Indian Civil Veterinary Department memoirs
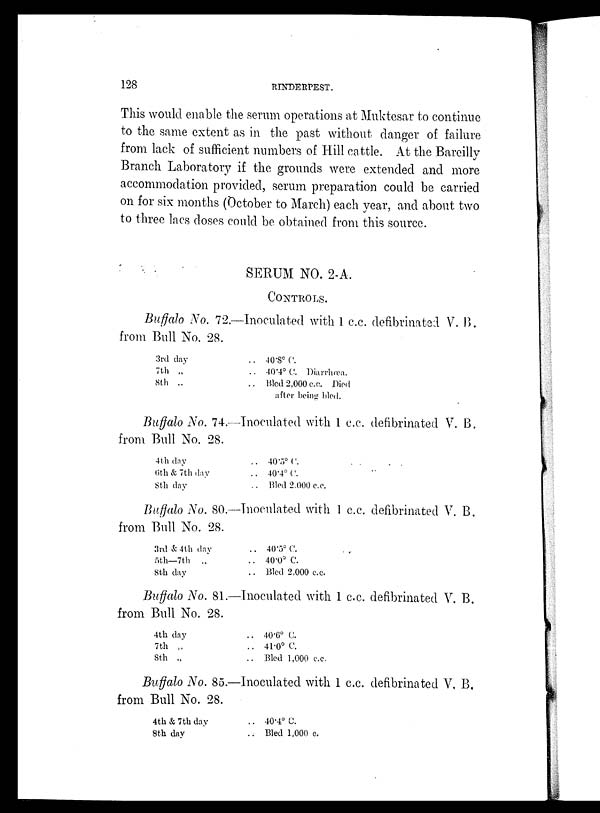
128
RINDERPEST.
This would enable the serum operations at Muktesar to continue
to the same extent as in the past without danger of failure
from lack of sufficient numbers of Hill cattle. At the Bareilly
Branch Laboratory if the grounds were extended and more
accommodation provided, serum preparation could be carried
on for six months (October to March) each year, and about two
to three lacs doses could be obtained from this source.
SERUM NO. 2-A.
CONTROLS.
Buffalo No. 72.—Inoculated with 1 c.c. defibrinated V. B.
from Bull No. 28.
3rd day
7th „
8th „
.. 40.8º C.
.. 40.4º C. Diarrhœa.
.. Bled 2,000 c.c. Died
after being bled.
Buffalo No. 74.—Inoculated with 1 c.c. defibrinated V. B.
from Bull No. 28.
4th day
6th & 7th day
8th day
.. 40.5º C.
.. 40.4º C.
.. Bled 2,000 c.c.
Buffalo No. 80.—Inoculated with 1 c.c. defibrinated V. B.
from Bull No. 28.
3rd & 4th day
5th—7th „
8th day
.. 40.5º C.
.. 40.0º C.
.. Bled 2,000 c.c.
Buffalo No. 81.—Inoculated with 1 c.c. defibrinated V. B.
from Bull No. 28.
4th day
7th „
8th „
.. 40.6º C.
.. 41.0º C.
.. Bled 1,000 c.c.
Buffalo No. 85.—Inoculated with 1 c.c. defibrinated V, B.
from Bull No. 28.
4th & 7th day
8th day
.. 40.4º C.
.. Bled 1,000 c.